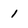
Character: 1